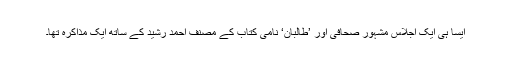
ایسا ہی ایک اجلاس مشہور صحافی اور ’طالبان‘ نامی کتاب کے مصنف احمد رشید کے ساتھ ایک مذاکرہ تھا۔